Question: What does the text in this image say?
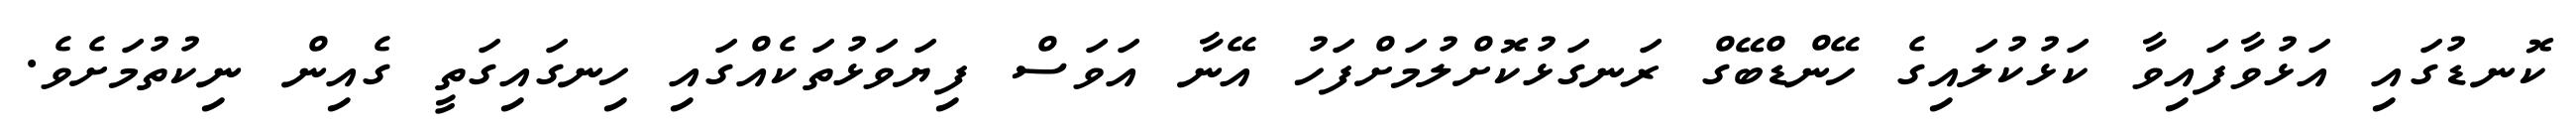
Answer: ކޮނޑުގައި އަޅުވާފައިވާ ކަޅުކުލައިގެ ހޭންޑްބޭގް ރަނގަޅުކޮށްލުމަށްފަހު އޭނާ އަވަސް ފިޔަވަޅުތަކެއްގައި ހިނގައިގަތީ ގެއިން ނިކުތުމަށެވެ.